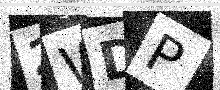
Text: 2WDP